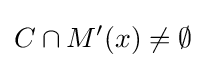
C\cap M'(x)\neq \emptyset